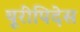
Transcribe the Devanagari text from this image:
यूरीपिदेस